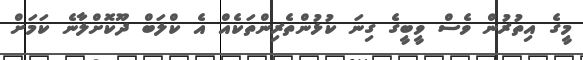
މީގެ އިތުރުން ވެސް ވީބީގެ ގިނަ ކުޅުންތެރިންތަކެއް އެ ކްލަބް ދޫކޮށްލާނެ ކަމަށް